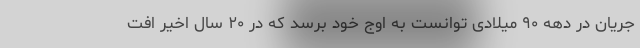
جریان در دهه ۹۰ میلادی توانست به اوج خود برسد که در ۲۰ سال اخیر افت